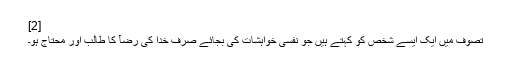
[2]
تصوف میں ایک ایسے شخص کو کہتے ہیں جو نفسی خواہشات کی بجائے صرف خدا کی رضآ کا طالب اور محتاج ہو۔